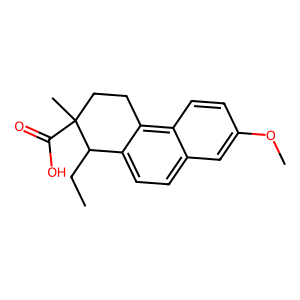
SMILES: CCC1c2ccc3cc(OC)ccc3c2CCC1(C)C(=O)O
Inhibits HIV replication: No